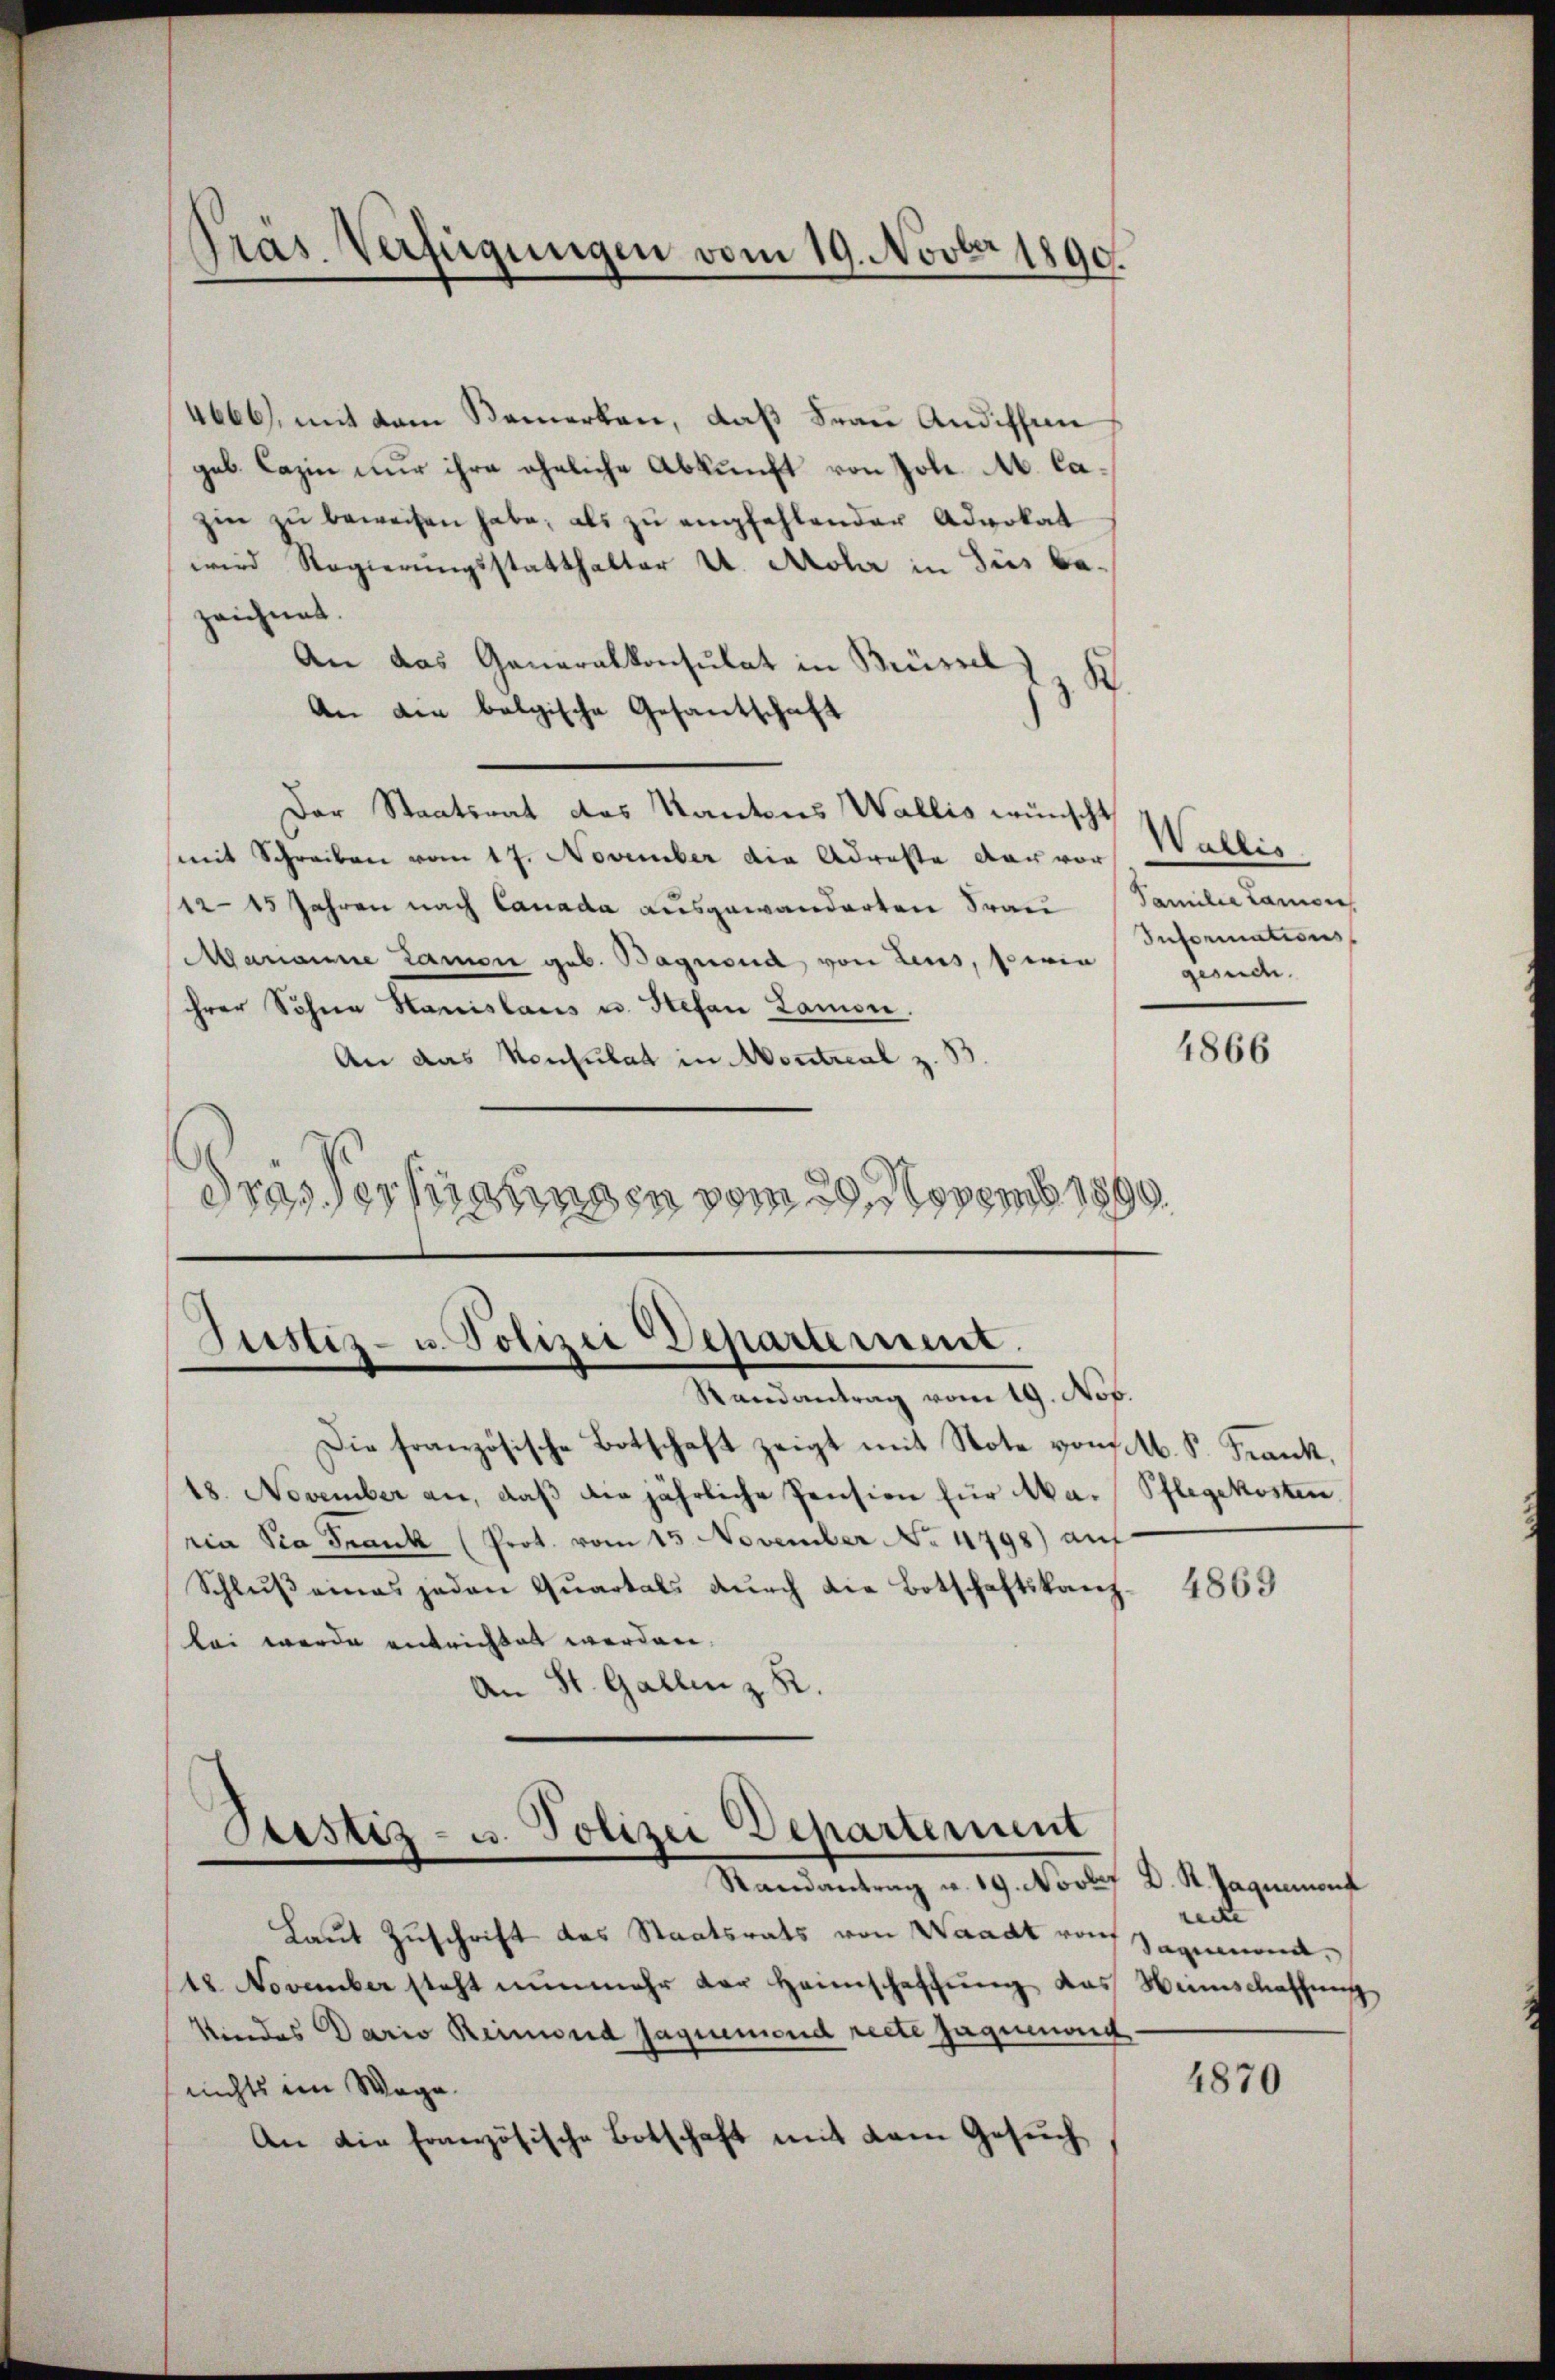
Präs. Verfügungen vom 19. Novber 1890.

4666, mit dem Bemerken, daß Frau Andiffen
geb. Cazin nur ihre eheliche Abkunft von Joh. A. Cazin zu beweisen habe, als zu empfehlender Advokat
wird Regierungsstatthalter U. Aola in Sus bezeichnet.
An das Generalkonsulat in Brüssel
8.
An die belgische Gesantschaft
Der Staatsrat des Kantons Wallis wünscht
mit Schreiben vom 17. November die Adreste der vor
12–15 Jahren nach Canada ausgewanderten Frau (Familie Lamon
Mananne Lamon geb. Bagnoud von Zins, sein
ihrer Sohne Hanislaus u. Stefan Lamon.
An das Konsulat in Montreal z.
drasserungen vom 29. Novemb. 1890

Justiz- u. Polizei Departement.
Randantrag vom 19. Nov.

Bestiz- u. Polizei Departement
Randantrag u. 19. Novbr D. R. Jaguemont

Die französische Botschaft zeigt mit Note von M. S. Frank,
18. November an, daß die jährliche Pension für Ma-Pflegekosten
ria Sia Frank (Prot. vom 15. November No 4798) auf
Schluß eines jeden Quartals durch die Botschaftskanz- 4863
bei wurde entrichtet werden.
An St. Gallen z. R.

Laut Zuschrift des Staatsrats von Waadt von Sagumona
18 November steht nŭnmehr der Heimschaffŭng das Weinschaffŭng
Kindes Dario Reimond Jaquemend recte Jaguenos
nichts im Wage
An die Französische Botschaft mit dem Gesuch

Wallis.
Informations
gesuche.

4866

recte |

4870